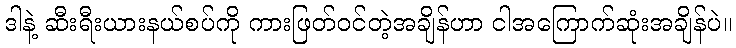
ဒါနဲ့ ဆီးရီးယားနယ်စပ်ကို ကားဖြတ်ဝင်တဲ့အချိန်ဟာ ငါအကြောက်ဆုံးအချိန်ပဲ။